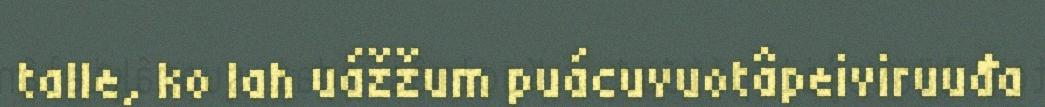
talle, ko lah uážžum puácuvuotâpeiviruuđa